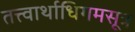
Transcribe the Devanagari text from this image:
तत्त्वार्थाधिगमसूत्र